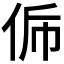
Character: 𠈩